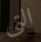
التي